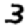
Digit: 3